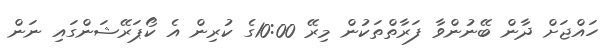
ހައްޖަށް ދާން ބޭނުންވާ ފަރާތްތަކުން މިރޭ 10:00ގެ ކުރިން އެ ކޯޕަރޭޝަންގައި ނަން